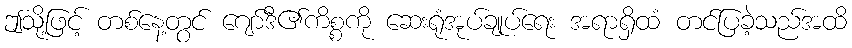
ဤသို့ဖြင့် တစ်နေ့တွင် ဂျော်ဒီ၏ကိစ္စကို ဆေးရုံအုပ်ချုပ်ရေး အရာရှိထံ တင်ပြခဲ့သည်အထိ